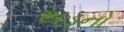
થડનો